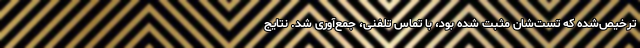
ترخیص‌شده که تست‌شان مثبت شده بود، با تماس تلفنی، جمع‌آوری شد. نتایج